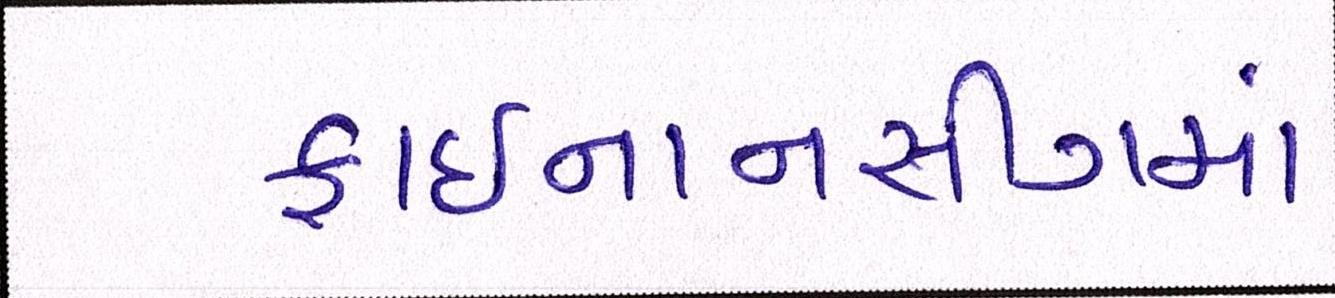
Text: ફાઈનાનસીંગમાં